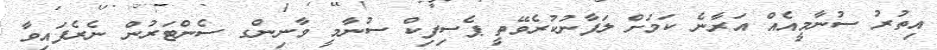
އިތުރު ސުނާމީއެއް އަރާނެ ކަމަށް ލަފާނުކުރެވޭތީ ޕެސިފިކް ސުނާމީ ވާނިންގ ސެންޓަރުން ނެރެފައިވާ